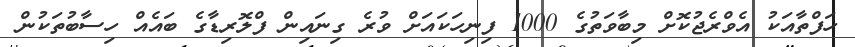
ހަފްތާއަކު އެވްރެޖުކޮށް މިބާވަތުގެ 1000 ފިނިހަކައަށް ވުރެ ގިނައިން ފްލޮރިޑާގެ ބައެއް ހިސާބުތަކުން